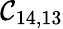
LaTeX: \mathcal{C}_{14,13}